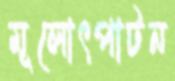
মূলোৎপাটন